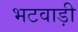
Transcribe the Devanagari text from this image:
भटवाड़ी